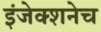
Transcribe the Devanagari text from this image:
इंजेक्शनेच